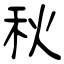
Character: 秋